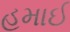
હમાઈ